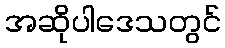
အဆိုပါဒေသတွင်